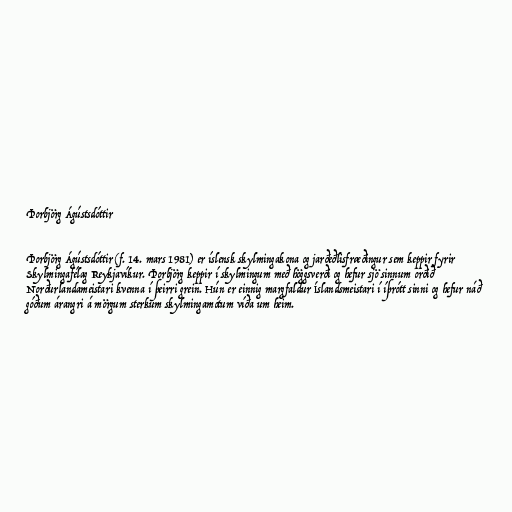
Þorbjörg Ágústsdóttir

Þorbjörg Ágústsdóttir (f. 14. mars 1981) er íslensk skylmingakona og jarðeðlisfræðingur sem keppir fyrir
Skylmingafélag Reykjavíkur. Þorbjörg keppir í skylmingum með höggsverði og hefur sjö sinnum orðið
Norðurlandameistari kvenna í þeirri grein. Hún er einnig margfaldur Íslandsmeistari í íþrótt sinni og hefur náð
góðum árangri á mörgum sterkum skylmingamótum víða um heim.